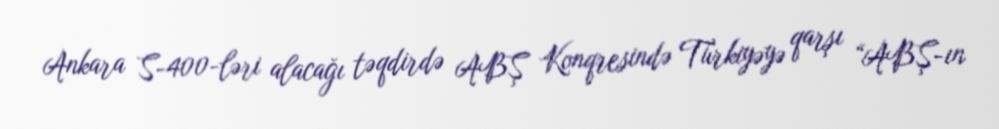
Ankara S-400-ləri alacağı təqdirdə ABŞ Konqresində Türkiyəyə qarşı “ABŞ-ın